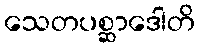
သေတပစ္ဆာဒေါတိ